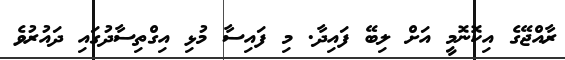
ރާއްޖޭގެ އިކޮނޮމީ އަށް ލިބޭ ފައިދާ. މި ފައިސާ މުޅި އިގްތިސާދުގައި ދައުރުވެ